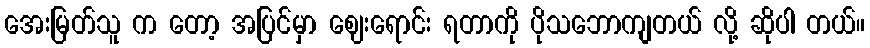
အေးမြတ်သူ က တော့ အပြင်မှာ ဈေးရောင်း ရတာကို ပိုသဘောကျတယ် လို့ ဆိုပါ တယ်။